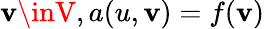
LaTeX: \mathbf{v}\inV,a(u,\mathbf{v})=f(\mathbf{v})